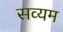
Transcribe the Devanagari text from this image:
सव्यम